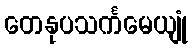
တေနုပသင်္ကမေယျုံ